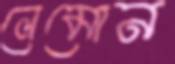
লেমোন